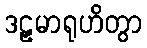
ဒဠှမာရုဟိတွာ